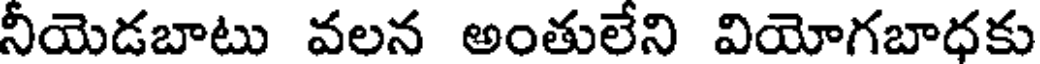
నీయెడబాటు వలన అంతులేని వియోగబాధకు